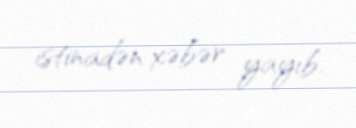
istinadən xəbər yayıb.